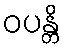
ဝပန္တိ